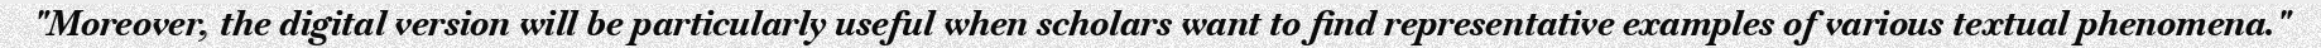
"Moreover, the digital version will be particularly useful when scholars want to find representative examples of various textual phenomena."